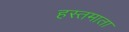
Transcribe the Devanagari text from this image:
हस्तमाता